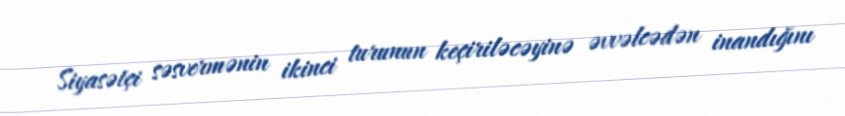
Siyasətçi səsvermənin ikinci turunun keçiriləcəyinə əvvəlcədən inandığını